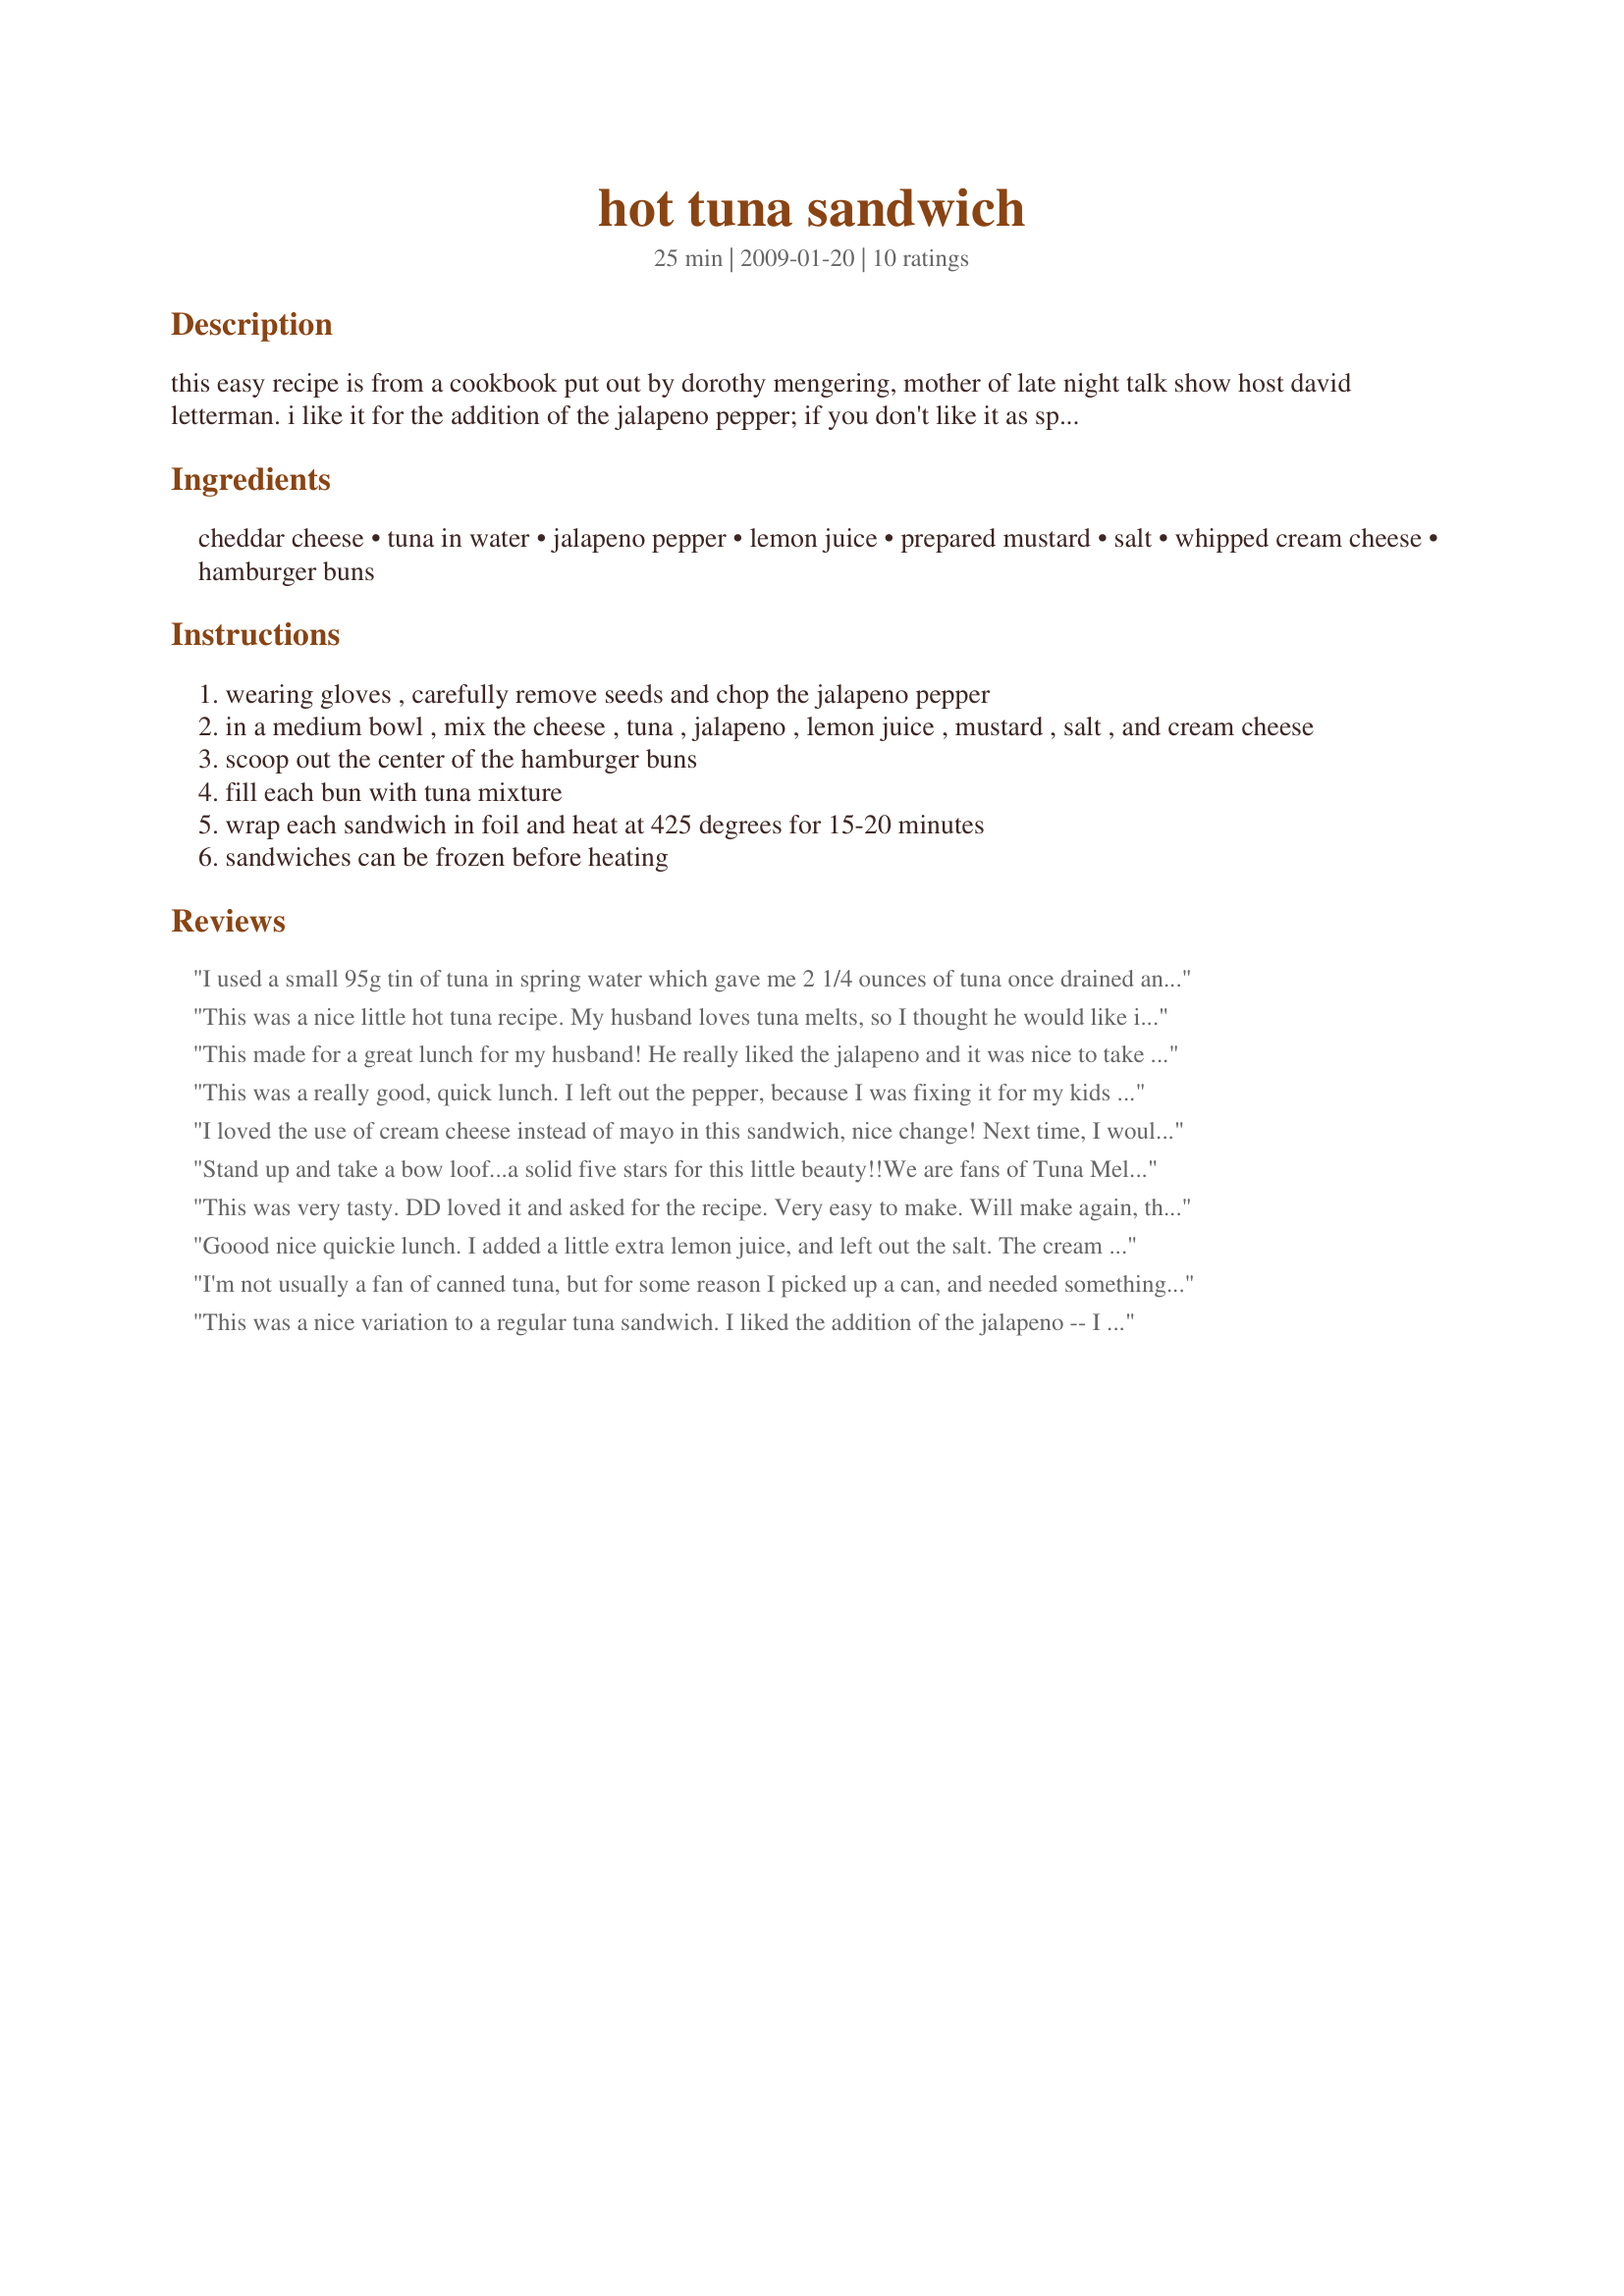
hot tuna sandwich
Preparation time: 25 minutes

this easy recipe is from a cookbook put out by dorothy mengering, mother of late night talk show host david letterman. i like it for the addition of the jalapeno pepper; if you don't like it as spicy you can use regular green pepper.

Ingredients:
cheddar cheese, tuna in water, jalapeno pepper, lemon juice, prepared mustard, salt, whipped cream cheese, hamburger buns

Steps:
wearing gloves , carefully remove seeds and chop the jalapeno pepper
in a medium bowl , mix the cheese , tuna , jalapeno , lemon juice , mustard , salt , and cream cheese
scoop out the center of the hamburger buns
fill each bun with tuna mixture
wrap each sandwich in foil and heat at 425 degrees for 15-20 minutes
sandwiches can be frozen before heating

Reviews:
I used a small 95g tin of tuna in spring water which gave me 2 1/4 ounces of tuna once drained and added to all the other ingredients as listed for 1 serve and put into a wholemeal/wholegrain bun and wrapped in alfoil and put in a 175c fan forced oven for 15 minutes and enjoyed this delicious warm sandwich and the addition of the chilli is so important, I used a small red thai chilli seeds and all, thank you loof, made for Aussie/Kiwi Recipe Swap #63 April 2012.
This was a nice little hot tuna recipe. My husband loves tuna melts, so I thought he would like it and he did except for my stale buns (don't use leftover frozen buns, buy some new nice hearty ones). I left out the pepper but added a few drops of hot sauce instead, otherwise made like the recipe called for. I can't eat cheese, but can handle a little cream cheese so I made mine in a separate bowl with no cheddar cheese and it still was very good. I think the cream cheese makes it such a nice smooth consistency.
This made for a great lunch for my husband! He really liked the jalapeno and it was nice to take it from the fridge and pop it in the oven when he got home. Delish! Made for Zaar Stars. Thanks loof! :)
This was a really good, quick lunch. I left out the pepper, because I was fixing it for my kids too. I didn't have any "Whipped" cream cheese, so I let what I have soften and whipped it with my mixer. I turned out really good. I topped my with some fresh sliced tomato from the garden. Thanks so much for sharing. Made for PRMR-June 2010
I loved the use of cream cheese instead of mayo in this sandwich, nice change! Next time, I would cut the mustard in half or maybe eliminate it, it overpowered the other flavors for me. I made as stated except left out the salt and used 2 5 oz cans of tuna because it looked too saucy with just one. Being someone who used to be afraid of hot foods, I never thought I would say this, but I would double the amount of jalapeno next time :), it wasn't spicy at all for me. Thanks for a great lunch! Made for 1-2-3 Hits.
Stand up and take a bow loof...a solid five stars for this little beauty!!<br/>We are fans of Tuna Melts ( I like mine with Branston Pickle-an English thing I think!), so I never doubted that we would like this.<br/>I used fresh Parmesan and Black Pepper rolls from my local bakery ( delish!) and Dijon Mustard, as it didn't stipulate what sort to use.<br/>This was fantastic...we REALLY enjoyed this. The cream cheese was a great alternative to mayo, and the jalapeno ( I used the sliced ones from a jar!) was a fabulous addition.<br/>DH munched away with real gusto..and requested it again for lunch yesterday..this time no rolls, but made into quesadillas..which were equally scrummy!!<br/>Thanks loof...a much enjoyed recipe,that will be making a repeat appearance again soon!!<br/>Made for PRMR.
This was very tasty. DD loved it and asked for the recipe. Very easy to make.
Will make again, thanks for sharing :)
Goood nice quickie lunch. I added a little extra lemon juice, and left out the salt. The cream cheese was a nice touch. Enjoyed by all. Made for 1-2-3 hits.
I'm not usually a fan of canned tuna, but for some reason I picked up a can, and needed something to do with it. After making this sandwich, I'm going to buy some more! I loved the creaminess from the cream cheese, so much better than mayo :) I used 2.5 ounces of tuna, and made one sandwich. I also used mild canned green chiles (about 1 teaspoon) instead of fresh jalepeno, and just to add a bit more vegetable to my meal, a couple of chopped canned artichoke hearts. I absolutely loved it, and plan to make a bunch to freeze for future lunches. Thanks for posting a real winner!
This was a nice variation to a regular tuna sandwich. I liked the addition of the jalapeno -- I almost doubled the amount called for. I thought the mustard was just a tish too strong for my tastes though. I really liked the cream cheese, but my husband says he would have prefered plain old mayo. (I think he's crazy :) ) Thanks for posting! Made for Photo Tag.
